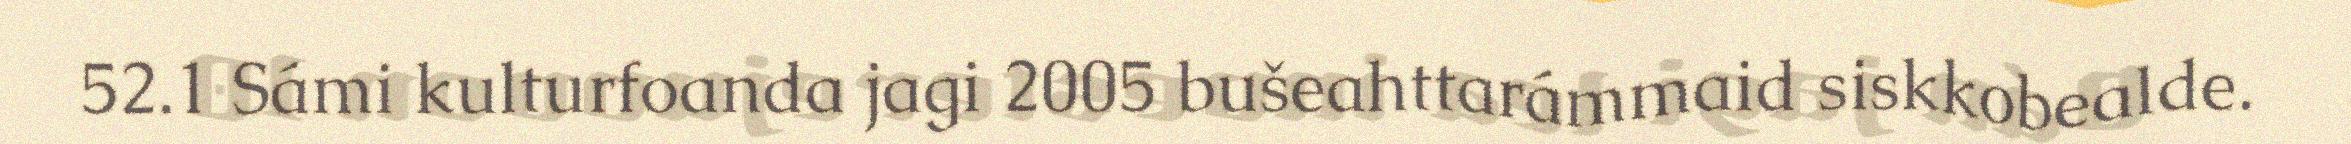
52.1 Sámi kulturfoanda jagi 2005 bušeahttarámmaid siskkobealde.